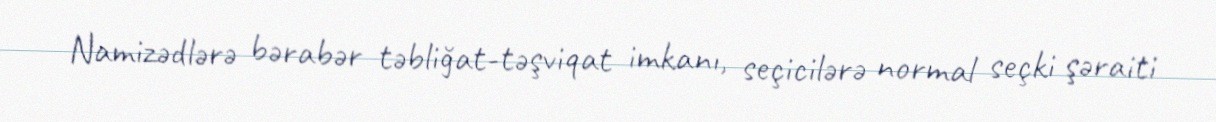
Namizədlərə bərabər təbliğat-təşviqat imkanı, seçicilərə normal seçki şəraiti